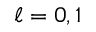
\ell = 0 , 1